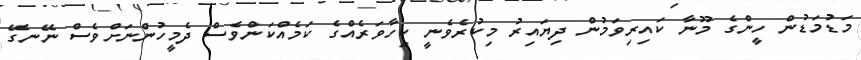
މަޑުމަޑުން ހީންގެ މޫނާ ކައިރިވަމުން ދިޔައިރު މިކުރެވެނީ ކިހާވަރެއްގެ ކަމެއްކަންވެސް ދެމީހުންނަށްވެސް ނޭނގޭ